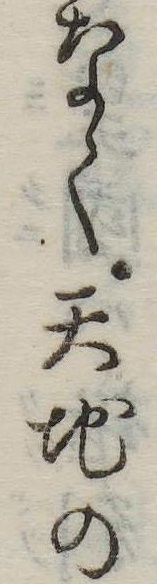
なく天地の